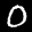
Label: 0